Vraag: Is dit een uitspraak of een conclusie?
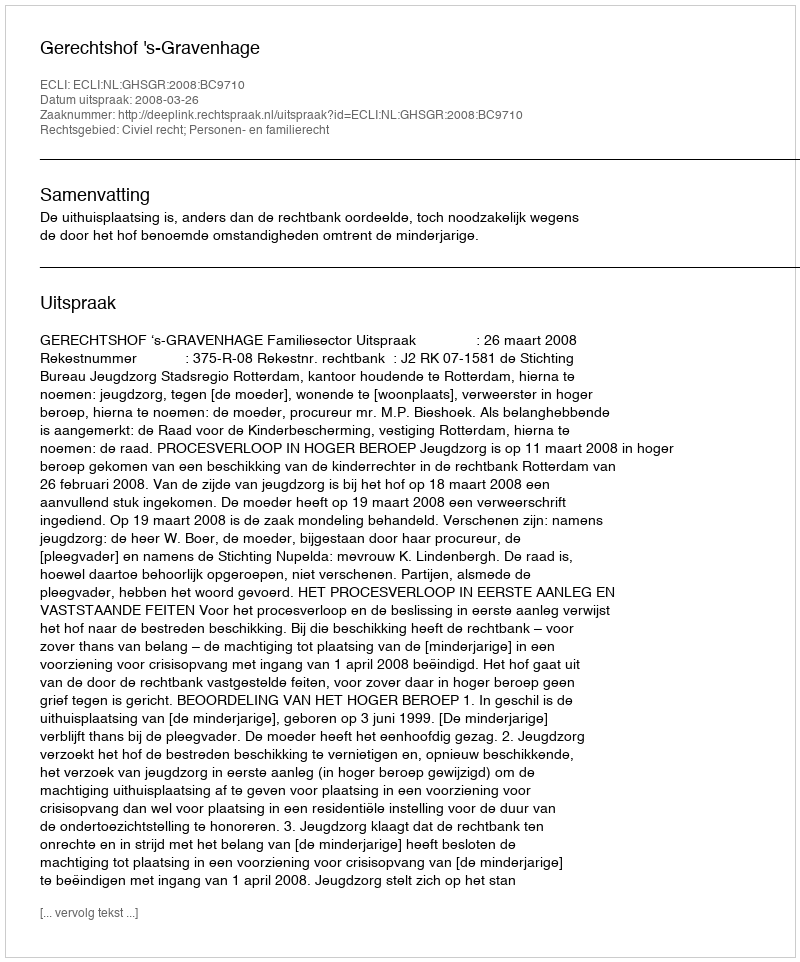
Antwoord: Uitspraak